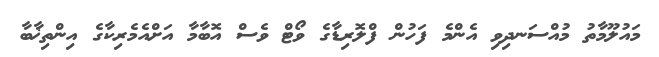
މައުލޫމާތު މުއްސަނދިވި އެންމެ ފަހުން ފްލޮރިޑާގެ ވޯޓް ވެސް އޮބާމާ އަށްއެމެރިކާގެ އިންތިޚާބާ